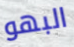
البهو